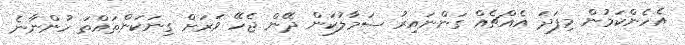
އެހެންކަމުން މިފަދަ އެއްޗެއް ގަންނައިރު ސަމާލުކަން ދޭން ޖެހޭ ވަރަށް ގިނަކަންތައްތަ ހުންނާނެ